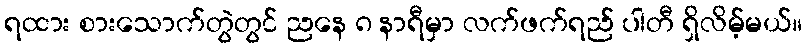
ရထား စားသောက်တွဲတွင် ညနေ ၈ နာရီမှာ လက်ဖက်ရည် ပါတီ ရှိလိမ့်မယ်။